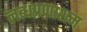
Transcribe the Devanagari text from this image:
लब्धप्रणाशम